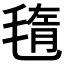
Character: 𣮲